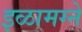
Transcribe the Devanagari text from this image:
इळामग्ने